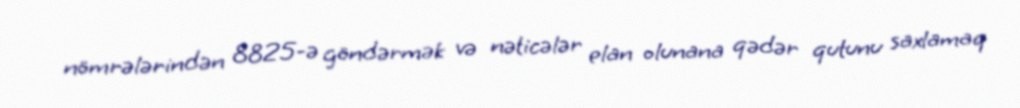
nömrələrindən 8825-ə göndərmək və nəticələr elan olunana qədər qutunu saxlamaq